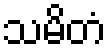
သမိတံ